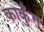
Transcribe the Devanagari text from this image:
कार्कुंग